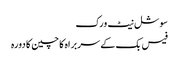
سوشل نیٹ ورک
فیس بک کے سربراہ کا چین کا دورہ